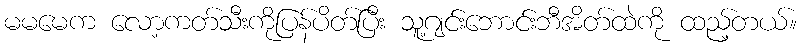
မမမေက လော့ကတ်သီးကိုပြန်ပိတ်ပြီး သူ့ဂျင်းဘောင်းဘီအိတ်ထဲကို ထည့်တယ်။